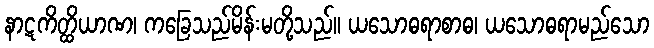
နာဋကိတ္ထိယာဏ၊ ကခြေသည်မိန်းမတို့သည်။ ယသောဓရာစာဓ၊ ယသောဓရာမည်သော